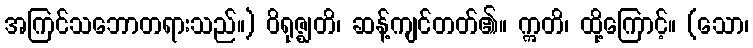
အကြင်သဘောတရားသည်။) ဝိရုဇ္ဈတိ၊ ဆန့်ကျင်တတ်၏။ ဣတိ၊ ထို့ကြောင့်။ (သော၊